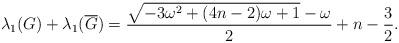
LaTeX: \begin{align*}\lambda_1(G) + \lambda_1(\overline{G}) = \frac{\sqrt{-3\omega^2 + (4n-2)\omega + 1} - \omega}{2} + n-\frac{3}{2}.\end{align*}